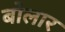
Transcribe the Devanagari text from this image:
बोलार